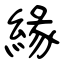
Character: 緣